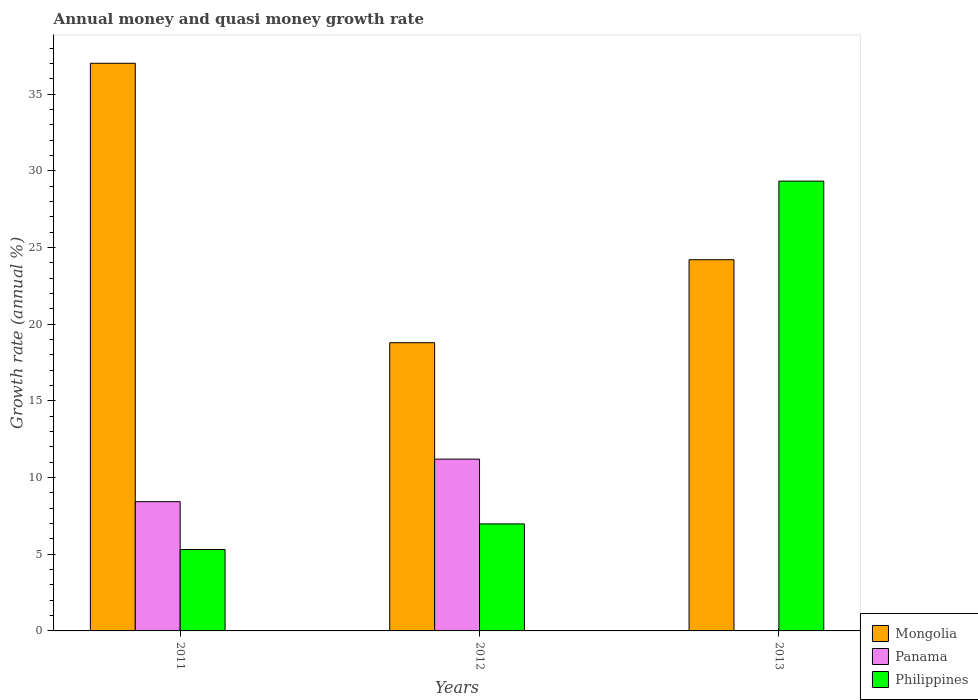
| Years | Mongolia | Panama | Philippines |
 | --- | --- | --- | --- |
 | 2011 | 37 | 8.43 | 5.31 |
 | 2012 | 18.8 | 11.2 | 6.98 |
 | 2013 | 24.2 | -11.7 | 29.3 |